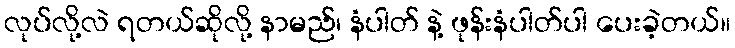
လုပ်လို့လဲ ရတယ်ဆိုလို့ နာမည်၊ နံပါတ် နဲ့ ဖုန်းနံပါတ်ပါ ပေးခဲ့တယ်။